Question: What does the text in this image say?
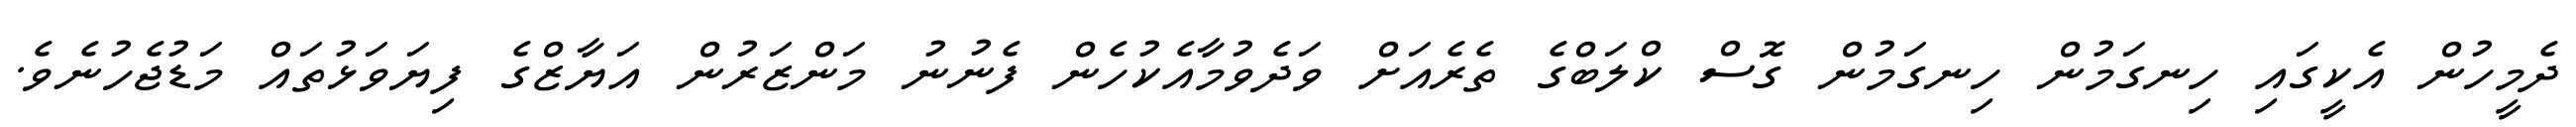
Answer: ދެމީހުން އެކީގައި ހިނގަމުން ހިނގަމުން ގޮސް ކްލަބްގެ ތެރެއަށް ވަދެވުމާއެކުހެން ފެނުނު މަންޒަރުން އަޔާޒްގެ ފިޔަވަޅުތައް މަޑުޖެހުނެވެ.